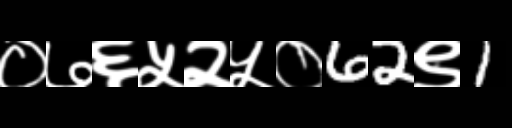
Text: ०७६५२५०62९1